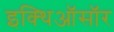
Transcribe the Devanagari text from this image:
इक्थिऑसॉर